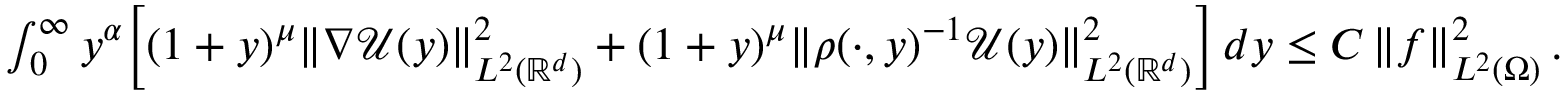
\begin{array} { r } { \int _ { 0 } ^ { \infty } { y ^ { \alpha } \Big [ ( 1 + y ) ^ { \mu } \| \nabla \mathcal { U } ( y ) \| _ { L ^ { 2 } ( \mathbb { R } ^ { d } ) } ^ { 2 } + ( 1 + y ) ^ { \mu } \| \rho ( \cdot , y ) ^ { - 1 } \mathcal { U } ( y ) \| _ { L ^ { 2 } ( \mathbb { R } ^ { d } ) } ^ { 2 } \Big ] \, d y } \leq C \left\| f \right\| _ { L ^ { 2 } ( \Omega ) } ^ { 2 } . } \end{array}